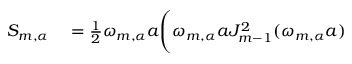
\begin{array} { r l } { S _ { m , \alpha } } & { { } = \frac { 1 } { 2 } \omega _ { m , \alpha } a \Bigg ( \omega _ { m , \alpha } a J _ { m - 1 } ^ { 2 } ( \omega _ { m , \alpha } a ) } \end{array}